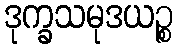
ဒုက္ခသမုဒယဉ္စ